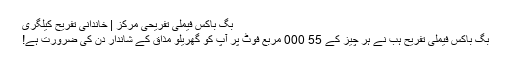
بگ باکس فیملی تفریحی مرکز | خاندانی تفریح ​​کیلگری
بگ باکس فیملی تفریح ​​ہب نے ہر چیز کے 55 000 مربع فوٹ پر آپ کو گھریلو مذاق کے شاندار دن کی ضرورت ہے!